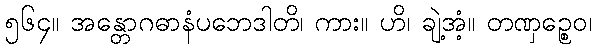
၅၆၄။ အန္တောဂဓာနံပဘေဒါတိ၊ ကား။ ဟိ၊ ချဲ့အံ့။ တဏှဉ္စေဝ၊